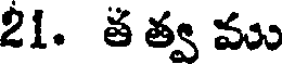
21. త త్వ ము